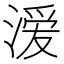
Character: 𭱵